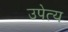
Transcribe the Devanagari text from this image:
उपेत्य